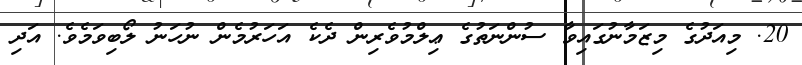
20. މިއަދުގެ މިޒަމާނުގައިވާ ސުންނަތުގެ ޢިލްމުވެރިން ދެކެ އަހަރުމެން ނުހަނު ލޯބިވަމެވެ. އަދި